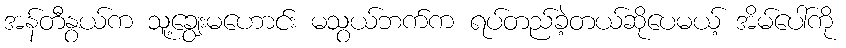
အန်တီနွယ်က သူ့ချွေးမဟောင်း မသွယ်ဘက်က ရပ်တည်ခဲ့တယ်ဆိုပေမယ့် အိမ်ပေါ်ကို